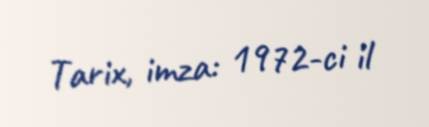
Tarix, imza: 1972-ci il